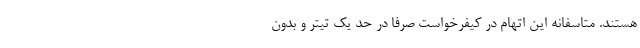
هستند. متاسفانه این اتهام در کیفرخواست صرفا در حد یک تیتر و بدون